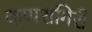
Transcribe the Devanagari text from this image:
कणसगिरी